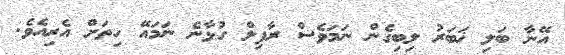
އޭނާ ބަލި ޚަބަރު ލިބިގެން ނަމަވެސް ރާފިލް ގުޅާނެ ނަމައޭ ހިތަށް އެރިއެވެ.